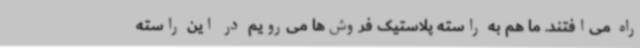
راه می‌افتند. ما هم به راسته پلاستیک فروش‌ها می‌رویم در این راسته